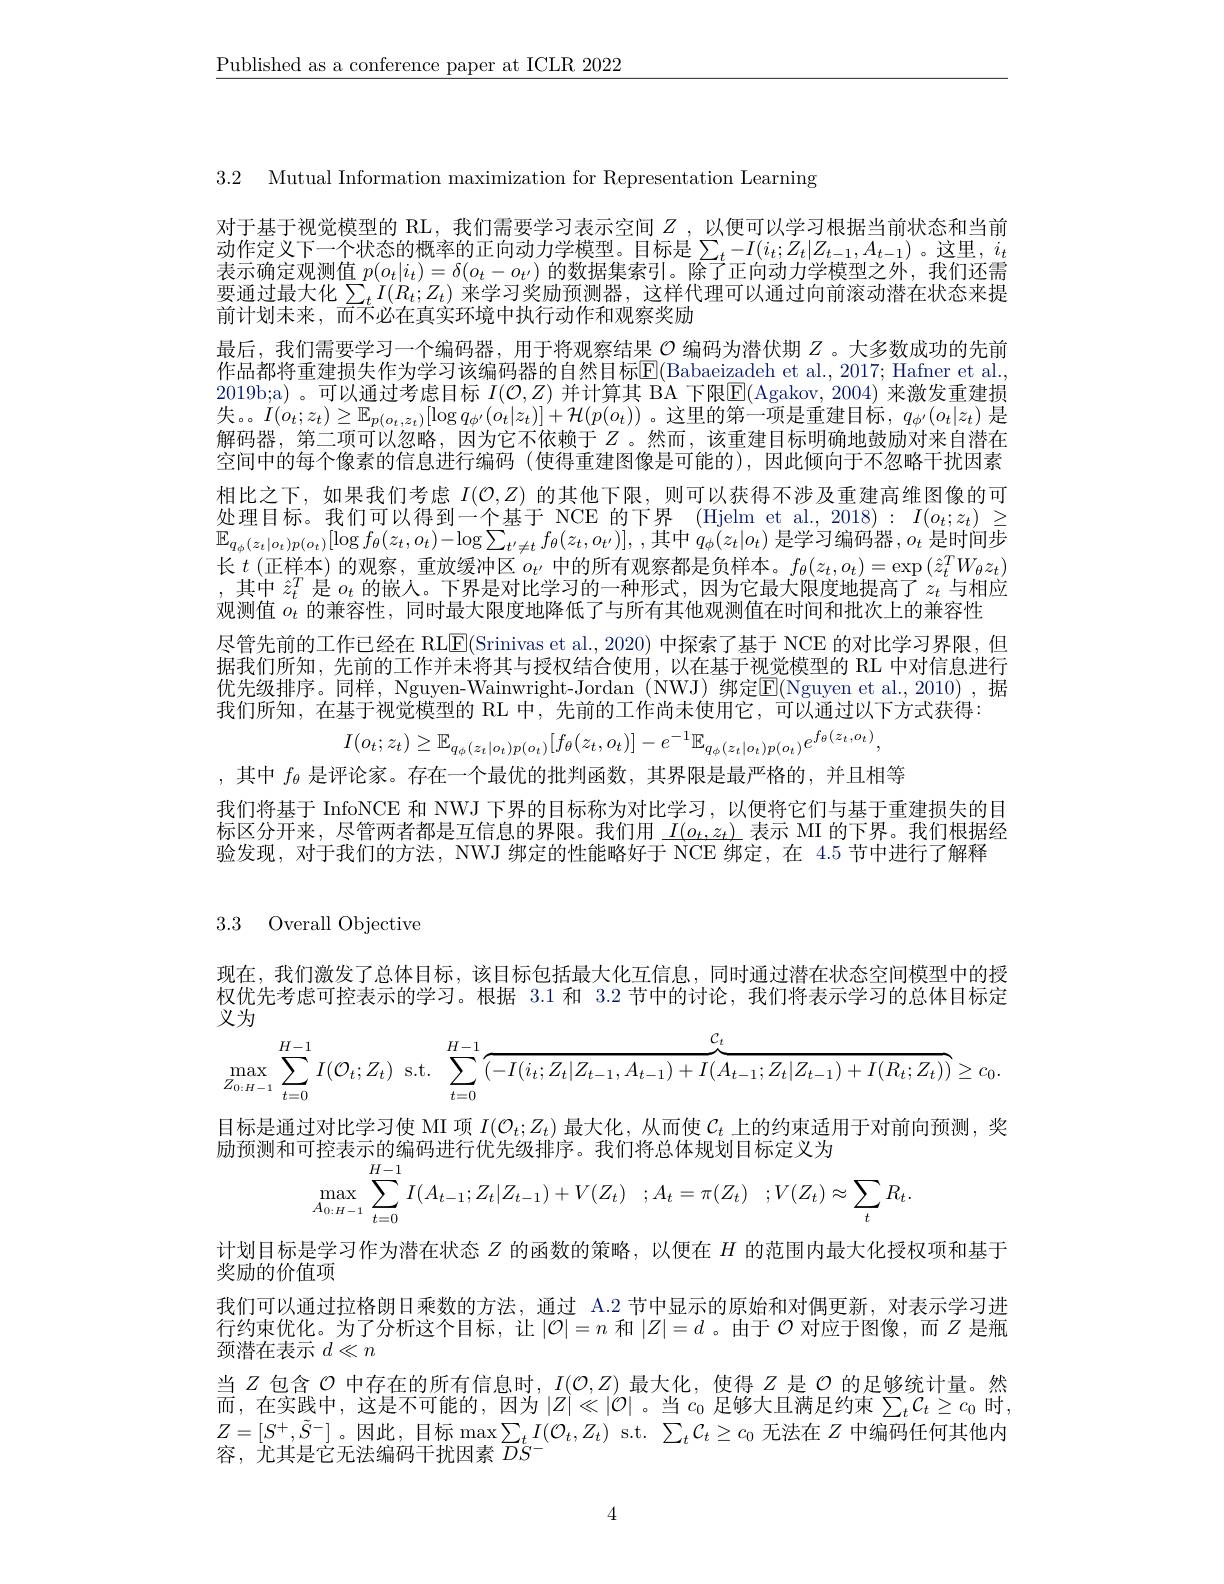
$\underline{\text{Published as a conference paper at ICLR 2022}}$

3.2 Mutual Information maximization for Representation Learning

对于基于视觉模型的 RL, 我们需要学习表示空间$Z$ ,以便可以学习根据当前状态和当前动作定义下一个状态的概率的正向动力学模型。目标是$\sum_t-I(i_t;Z_t|Z_{t-1},A_{t-1})$ 。这里，$i_t$ 表示确定观测值$p(o_t|i_t)=\delta(o_t-o_{t^{\prime}})$的数据集索引。除了正向动力学模型之外，我们还需要通过最大化$\sum_tI(R_t;Z_t)$ 来学习奖励预测器，这样代理可以通过向前滚动潜在状态来提前计划未来，而不必在真实环境中执行动作和观察奖励
最后，我们需要学习一个编码器，用于将观察结果$\mathcal{O}$编码为潜伏期$Z$ 。大多数成功的先前作品都将重建损失作为学习该编码器的自然目标$\overline{\mathrm{E}}($Babaeizadeh et al., 2017; Hafner et al. 2019b;a)。可以通过考虑目标 $I(\mathcal{O},Z)$ 并计算其 BA 下限$\mathbb{E}($Agakov, 2004) 来激发重建损失 。。$I( o_{t}; z_{t}) \geq \mathbb{E} _{p( o_{t}, z_{t}) }[ \log q_{\phi ^{\prime }}( o_{t}| z_{t}) ] + \mathcal{H} ( p( o_{t}) )$ 。这 里 的 第 一 项 是 重 建 目 标 , $q_{\phi ^{\prime }}( o_{t}| z_{t})$ 是解码器，第二项可以忽略，因为它不依赖于$Z$ 。然而，该重建目标明确地鼓励对来自潜在空间中的每个像素的信息进行编码 (使得重建图像是可能的),因此倾向于不忽略干扰因素相比之下，如果我们考虑$I(\mathcal{O},Z)$的其他下限，则可以获得不涉及重建高维图像的可处理目标。我们可以得到一个基于 NCE 的下界 (Hjelm et al., 2018): $I(o_t;z_t)\geq$ $\mathbb{E} _{q_\phi ( z_t| o_t) p( o_t) }[ \log f_\theta ( z_t, o_t) - \log \sum _{t^{\prime }\neq t}f_\theta ( z_t, o_t^{\prime }) ] $, ,其中$q_\phi(z_t|o_t)$ 是学习编码器 $,o_t$ 是时间步长$t\left(\text{正样本)的观察，重放缓冲区}^{\prime}o_{t^{\prime}}\text{ 中的所有观察都是负样本。}f_{\theta}(z_{t},o_{t})=\exp\left(\hat{z}_{t}^{T}W_{\theta}z_{t}\right)\right.$ ,其中$\hat{z}_t^T$是$o_t$的嵌人。下界是对比学习的一种形式，因为它最大限度地提高了$z_t$与相应观测值$o_t$的兼容性，同时最大限度地降低了与所有其他观测值在时间和批次上的兼容性
尽管先前的工作已经在 RL$\underline{\mathrm{E}}($Srinivas et al., 2020) 中探索了基于 NCE 的对比学习界限，但据我们所知，先前的工作并未将其与授权结合使用，以在基于视觉模型的 RL 中对信息进行优先级排序。同样，Nguyen-Wainwright-Jordan (NWJ) 绑定E(Nguyen et al.,2010),据我们所知，在基于视觉模型的 RL 中，先前的工作尚未使用它，可以通过以下方式获得：
$$I(o_{t};z_{t})\geq\mathbb{E}_{q_{\phi}(z_{t}|o_{t})p(o_{t})}[f_{\theta}(z_{t},o_{t})]-e^{-1}\mathbb{E}_{q_{\phi}(z_{t}|o_{t})p(o_{t})}e^{f_{\theta}(z_{t},o_{t})},$$
,其中$f_\theta$是评论家。存在一个最优的批判函数，其界限是最严格的，并且相等

我们将基于 InfoNCE 和 NWJ 下界的目标称为对比学习，以便将它们与基于重建损失的目标区分开来，尽管两者都是互信息的界限。我们用$\underline I(o_t,z_t)$表示 MI 的下界。我们根据经验发现，对于我们的方法，NWJ 绑定的性能略好于 NCE 绑定，在 4.5 节中进行了解释

3.3 Overall Objective

现在，我们激发了总体目标，该目标包括最大化互信息，同时通过潜在状态空间模型中的授权优先考虑可控表示的学习。根据 3.1 和 3.2 节中的讨论，我们将表示学习的总体目标定义为
$$\text{人分}\\\max_{Z_{0:H-1}}\sum_{t=0}^{H-1}I(\mathcal{O}_{t};Z_{t})\:\mathrm{s.t.}\:\sum_{t=0}^{H-1}\overbrace{(-I(i_{t};Z_{t}|Z_{t-1},A_{t-1})+I(A_{t-1};Z_{t}|Z_{t-1})+I(R_{t};Z_{t}))}^{\mathcal{C}_{t}}\geq c_{0}.$$
目标是通过对比学习使 MI 项$I(\mathcal{O}_t;Z_t)$最大化，从而使$C_t$上的约束适用于对前向预测，奖
励预测和可控表示的编码进行优先级排序。我们将总体规划目标定义为
$$\begin{aligned}&\text{小}\\&\max_{A_{0:H-1}}\sum_{t=0}^{H-1}I(A_{t-1};Z_{t}|Z_{t-1})+V(Z_{t})\quad;A_{t}=\pi(Z_{t})\quad;V(Z_{t})\approx\sum_{t}R_{t}.\end{aligned}$$
计划目标是学习作为潜在状态$Z$的函数的策略，以便在$H$的范围内最大化授权项和基于
奖励的价值项
我们可以通过拉格朗日乘数的方法，通过 A.2 节中显示的原始和对偶更新，对表示学习进行约束优化。为了分析这个目标，让$|\mathcal{O}|=n$和$|Z|=d$ 。由于$\mathcal{O}$对应于图像，而$Z$是瓶颈潜在表示$d\ll n$
当$Z$包含$\mathcal{O}$ 中存在的所有信息时，$I(\mathcal{O},Z)$ 最大化，使得 $Z$ 是$\mathcal{O}$ 的足够统计量。然而，在实践中，这是不可能的，因为$|Z|\ll|\mathcal{O}|$ 。当$c_0$足够大且满足约束$\sum_tC_t\geq c_0$时$Z=[S^+,\tilde{S}^-]$。因此，目标$\max\sum_tI(\mathcal{O}_t,Z_t)$ s.t.$\sum_t\mathcal{C}_t\geq c_0$无法在$Z$中编码任何其他内容，尤其是它无法编码干扰因素$\overline{D}S^{-}$

4